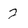
Character: 2